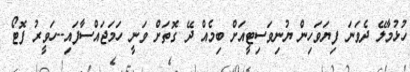
ހުޅުމާލޭ ދެވަނަ ފިޔަވަހިން ޔުނިވަސިޓީއަށް ބިމެއް ދޭ ގޮތަށް ވަނީ ހަމަޖައްސާފައި--ހަވީރު ފޮޓޯ